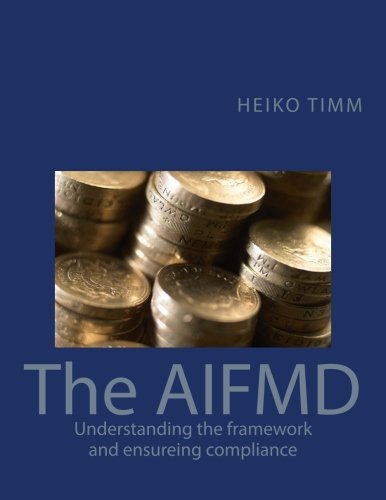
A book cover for The AIFMD: Understanding the framework and ensuring compliance (International Financial Markets Regulation) (Volume 1); Heiko Timm; Law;